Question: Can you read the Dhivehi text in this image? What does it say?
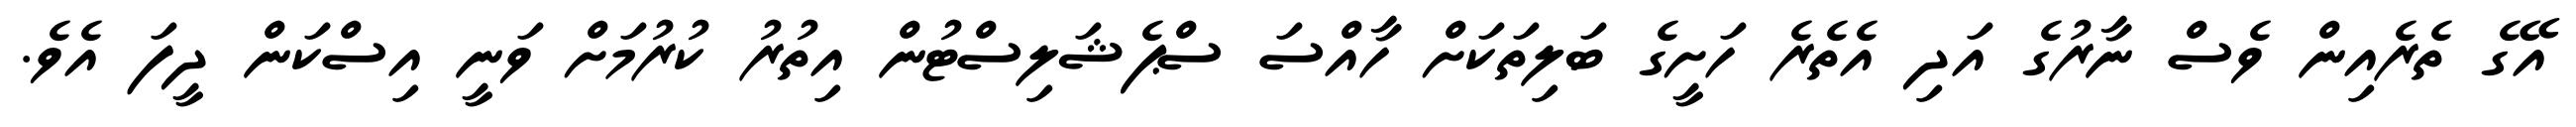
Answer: އޭގެ ތެރެއިން ވެސް ނާރުގެ އަދި އެތެރެ ހަށީގެ ބަލިތަކަށް ހާއްސަ ސްޕެޝަލިސްޓުން އިތުރު ކުރުމަށް ވަނީ އިސްކަން ދީފަ އެވެ.